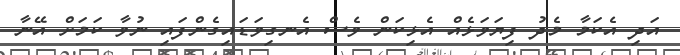
އަދި އެކަމާ މެދު ފިޔަވަޅެއް އެޅިކަން ވެސް އެނގިވަޑައިގެންފައި ނުވާ ކަމަށް އޭނާ